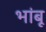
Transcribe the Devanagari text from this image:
भांबू